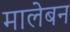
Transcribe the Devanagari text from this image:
मालेबन